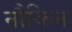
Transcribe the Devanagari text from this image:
नौकिन